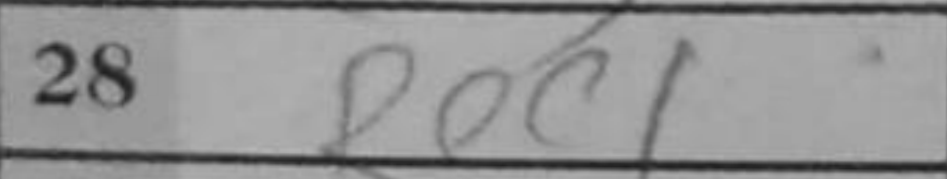
Transcription: Rec1